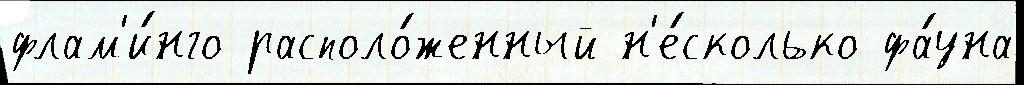
флам'и́нго располо́женный н'е́сколько фа́уна